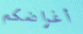
أغراضكم